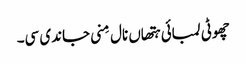
چھوٹی لمبائی ہتھاں نال مِنی جاندی سی۔